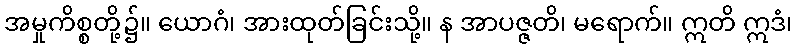
အမှုကိစ္စတို့၌။ ယောဂံ၊ အားထုတ်ခြင်းသို့။ န အာပဇ္ဇတိ၊ မရောက်။ ဣတိ ဣဒံ၊